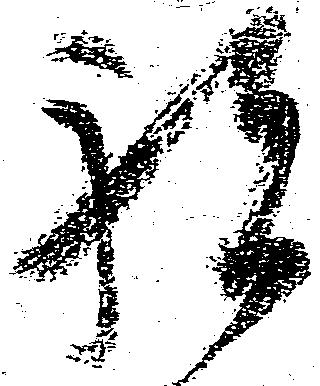
祝